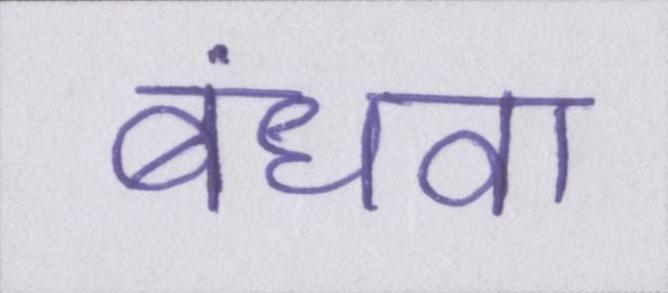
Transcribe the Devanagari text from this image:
बंधवा